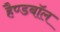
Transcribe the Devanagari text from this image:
हैण्डबॉल